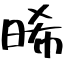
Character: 晞